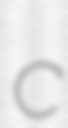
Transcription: c